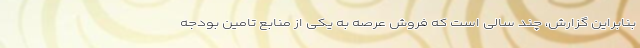
بنابراین گزارش، چند سالی است که فروش عرصه به یکی از منابع تامین بودجه